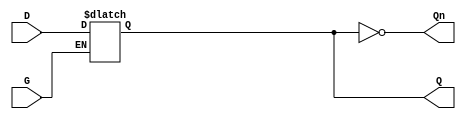
module gated_latch (
    input wire D,    // Data input
    input wire G,    // Gate/Enable signal
    output reg Q,    // Output
    output wire Qn   // Complement of the output
);

// Complement of the output
assign Qn = ~Q;

// Always block to model the behavior of the gated latch
always @(*) begin
    if (G) begin
        // When G is high, latch is transparent; Q follows D
        Q = D;
    end
    // When G is low, Q retains its last value (holds state)
end

endmodule